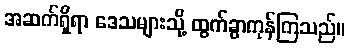
အဆက်ရှိရာ ဒေသများသို့ ထွက်ခွာကုန်ကြသည်။